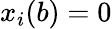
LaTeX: x_{i}(b)=0